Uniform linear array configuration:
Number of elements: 8
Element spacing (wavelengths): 0.5
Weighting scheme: cosine
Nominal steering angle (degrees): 30
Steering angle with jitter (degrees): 28.509
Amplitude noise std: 0.05
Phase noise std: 0.05

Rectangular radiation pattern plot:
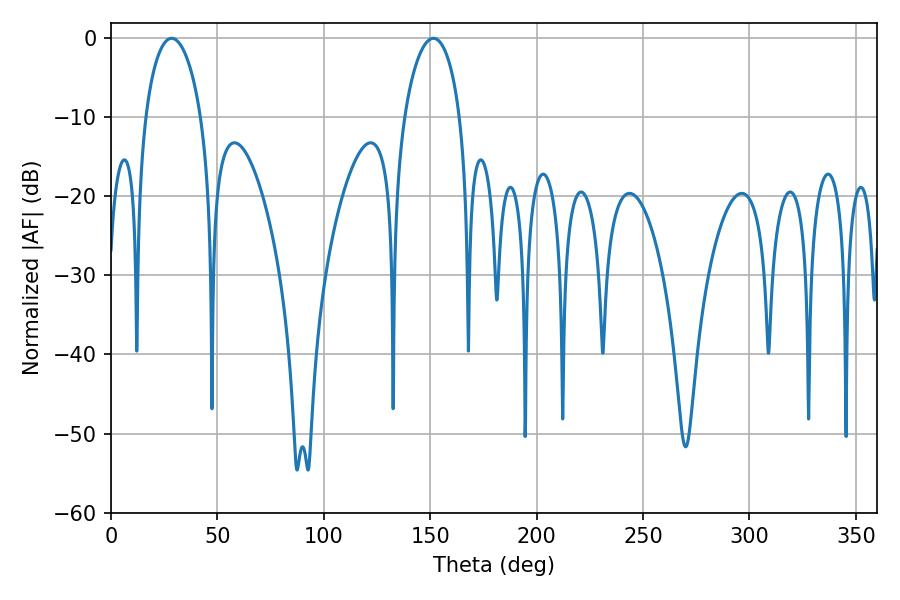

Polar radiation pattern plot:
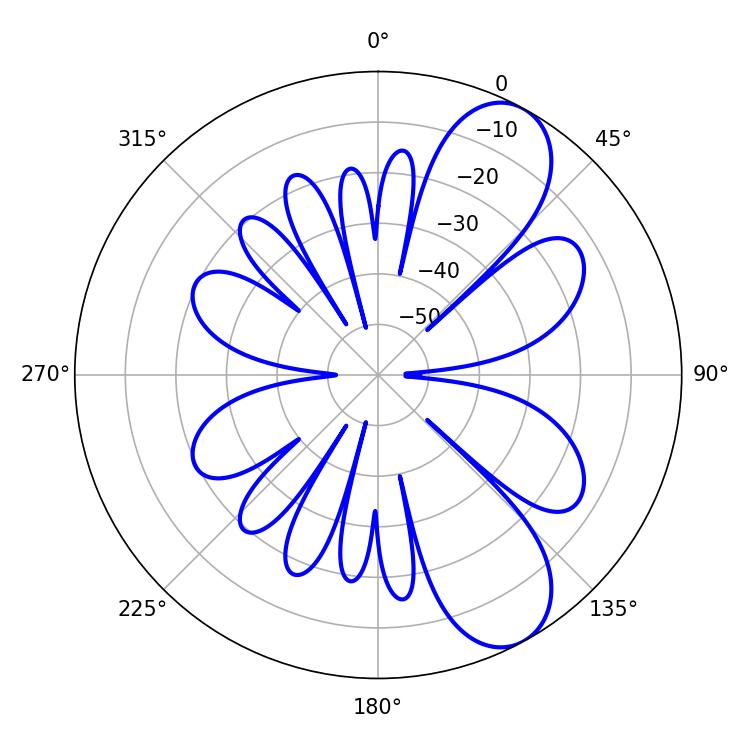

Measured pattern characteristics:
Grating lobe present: FALSE
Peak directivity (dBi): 8.655
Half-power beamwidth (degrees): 14.94
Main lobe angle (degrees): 28.44